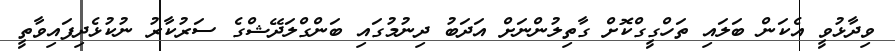
ވިދާޅުވީ އެކަން ބަލައި ތަހްގީގްކޮށް ގާތިލުންނަށް އަދަބު ދިނުމުގައި ބަންގްލަދޭޝްގެ ސަރުކާރު ނުކުޅެދިފައިވާތީ